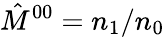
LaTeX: \hat{M}^{00}=n_{1}/n_{0}